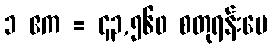
၁ ဧက = ၄၃,၅၆၀ စတုရန်းပေ